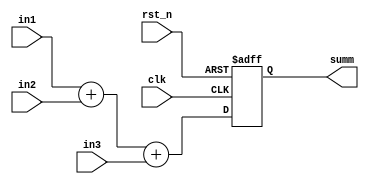
module cpa3_b10 (
input clk,
input rst_n,
input [7:0] in1,
input [7:0] in2,
input [8:0] in3,
output reg [9:0] summ
);

always @ (posedge clk or negedge rst_n) begin
	if (rst_n == 1'b0) begin
		summ	<= 10'b0;
	end else begin
		summ	<= in1 + in2 + in3;
	end
end

endmodule